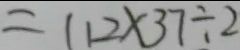
= 1 1 2 \times 3 7 \div 2